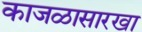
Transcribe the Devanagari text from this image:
काजळासारखा